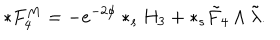
LaTeX: * F _ { 4 } ^ { M } = - e ^ { - 2 \phi } * _ { s } H _ { 3 } + * _ { s } \tilde { F } _ { 4 } \wedge \tilde { \lambda } .